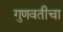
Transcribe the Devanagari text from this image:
गुणवतीचा